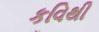
કવિથી